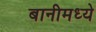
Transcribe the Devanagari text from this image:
बानीमध्ये